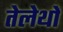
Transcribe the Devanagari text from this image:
तेलेथों